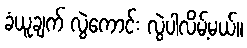
ခံယူချက် လွဲကောင်း လွဲပါလိမ့်မယ်။